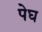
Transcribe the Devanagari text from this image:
पेघ